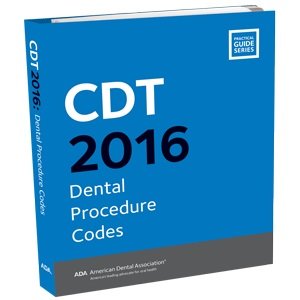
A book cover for CDT 2016: Dental Procedures Codes; Medical Books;